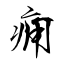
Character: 痈